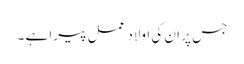
جس پر ان کی اولاد عمل پیرا ہے ۔